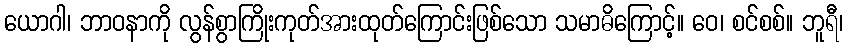
ယောဂါ၊ ဘာဝနာကို လွန်စွာကြိုးကုတ်အားထုတ်ကြောင်းဖြစ်သော သမာဓိကြောင့်။ ဝေ၊ စင်စစ်။ ဘူရီ၊